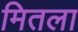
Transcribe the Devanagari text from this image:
मितला